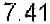
7.41